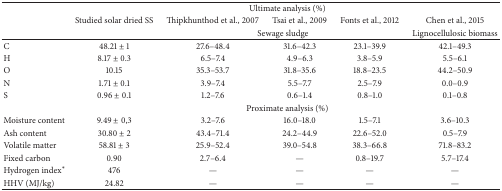
<table><thead><tr><td><b> </b></td><td colspan="5"><b>Ultimate analysis (%)</b></td></tr><tr><td><b> </b></td><td><b>Studied solar dried SS </b></td><td><b>Thipkhunthod et al., 2007</b></td><td><b>Tsai et al., 2009</b></td><td><b>Fonts et al., 2012</b></td><td><b>Chen et al., 2015</b></td></tr><tr><td><b> </b></td><td><b> </b></td><td colspan="3"><b>Sewage sludge</b></td><td><b>Lignocellulosic biomass</b></td></tr></thead><tbody><tr><td>C</td><td>48.21 ± 1</td><td>27.6–48.4</td><td>31.6–42.3</td><td>23.1–39.9</td><td>42.1–49.3</td></tr><tr><td>H</td><td>8.17 ± 0.3</td><td>6.5–7.4</td><td>4.9–6.3</td><td>3.8–5.9</td><td>5.5–6.1</td></tr><tr><td>O</td><td>10.15</td><td>35.3–53.7</td><td>31.8–35.6</td><td>18.8–23.5</td><td>44.2–50.9</td></tr><tr><td>N</td><td>1.71 ± 0.1</td><td>3.9–7.4</td><td>5.5–7.7</td><td>2.5–7.9</td><td>0.0–0.9</td></tr><tr><td>S</td><td>0.96 ± 0.1</td><td>1.2–7.6</td><td>0.6–1.4</td><td>0.8–1.0</td><td>0.1–0.8</td></tr><tr><td> </td><td colspan="5">Proximate analysis (%)</td></tr><tr><td>Moisture content</td><td>9.49 ± 0,3</td><td>3.2–7.6</td><td>16.0–18.0</td><td>1.5–7.1</td><td>3.6–10.3</td></tr><tr><td>Ash content</td><td>30.80 ± 2</td><td>43.4–71.4</td><td>24.2–44.9</td><td>22.6–52.0</td><td>0.5–7.9</td></tr><tr><td>Volatile matter</td><td>58.81 ± 3</td><td>25.9–52.4</td><td>39.0–54.8</td><td>38.3–66.8</td><td>71.8–83.2</td></tr><tr><td>Fixed carbon</td><td>0.90</td><td>2.7–6.4</td><td>—</td><td>0.8–19.7</td><td>5.7–17.4</td></tr><tr><td>Hydrogen index<sup><i>∗</i></sup></td><td>476</td><td>—</td><td>—</td><td>—</td><td>—</td></tr><tr><td>HHV (MJ/kg)</td><td>24.82</td><td>—</td><td>—</td><td>—</td><td>—</td></tr></tbody></table>